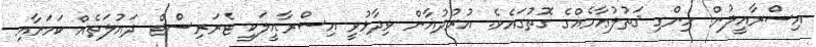
އިސްރާއީލުން ހިންގި ޤަތުލުޢާމެއްގެ ގޮތުގައެވެ. އުރުދުޣާން ވިދާޅުވީ އިސްރާއީލަކީ ޓެރަރިސްޓް ދައުލަތެއް ކަމަށާއި